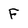
Character: F